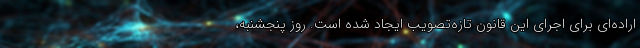
اراده‌ای برای اجرای این قانون تازه‌تصویب ایجاد شده است. روز پنجشنبه،